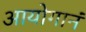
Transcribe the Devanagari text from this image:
आयोगानं